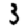
Digit: 3